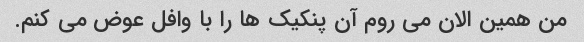
من همین الان می روم آن پنکیک ها را با وافل عوض می کنم.